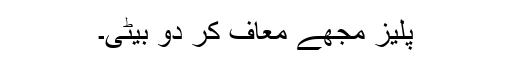
پلیز مجھے معاف کر دو بیٹی۔